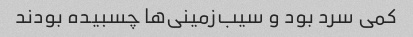
کمی سرد بود و سیب‌زمینی‌ها چسبیده بودند